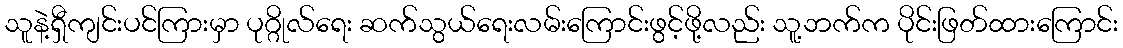
သူနဲ့ရှီကျင်းပင်ကြားမှာ ပုဂ္ဂိုလ်ရေး ဆက်သွယ်ရေးလမ်းကြောင်းဖွင့်ဖို့လည်း သူ့ဘက်က ပိုင်းဖြတ်ထားကြောင်း